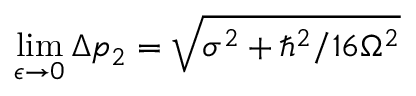
\operatorname* { l i m } _ { \epsilon \to 0 } \Delta p _ { 2 } = { \sqrt { \sigma ^ { 2 } + \hbar ^ { 2 } / 1 6 \Omega ^ { 2 } } }